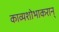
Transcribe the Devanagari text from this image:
काव्यशोभाकरान्